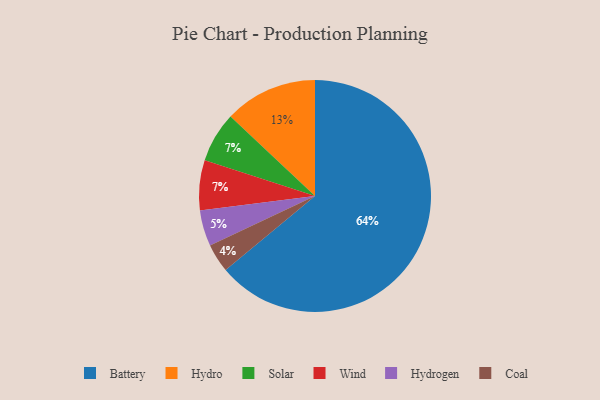
{"axis": {"x": "Category", "y": "Percentage"}, "legend": ["Battery", "Coal", "Hydro", "Hydrogen", "Solar", "Wind"], "data": [{"x": "Hydrogen", "y": 5, "type": "Hydrogen"}, {"x": "Hydro", "y": 13, "type": "Hydro"}, {"x": "Solar", "y": 7, "type": "Solar"}, {"x": "Coal", "y": 4, "type": "Coal"}, {"x": "Wind", "y": 7, "type": "Wind"}, {"x": "Battery", "y": 64, "type": "Battery"}]}